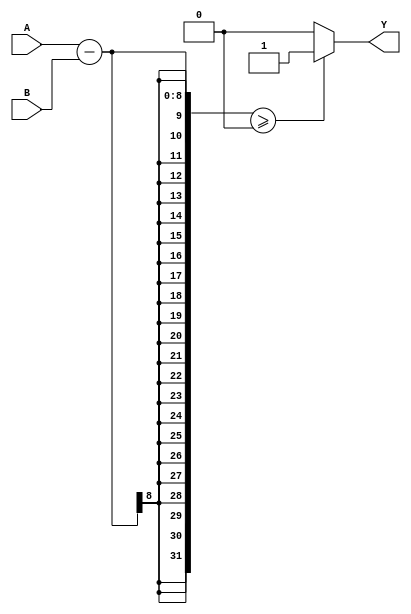
module comparator (
    input [7:0] A,
    input [7:0] B,
    output Y
);

assign Y = (A - B) >= 0 ? 1 : 0;

endmodule